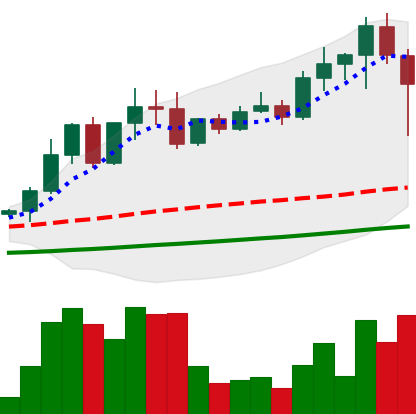
Ticker: EOS-USD
Chart end date: 2021-04-18
Forward return: -23.072%
Label: down_7plus